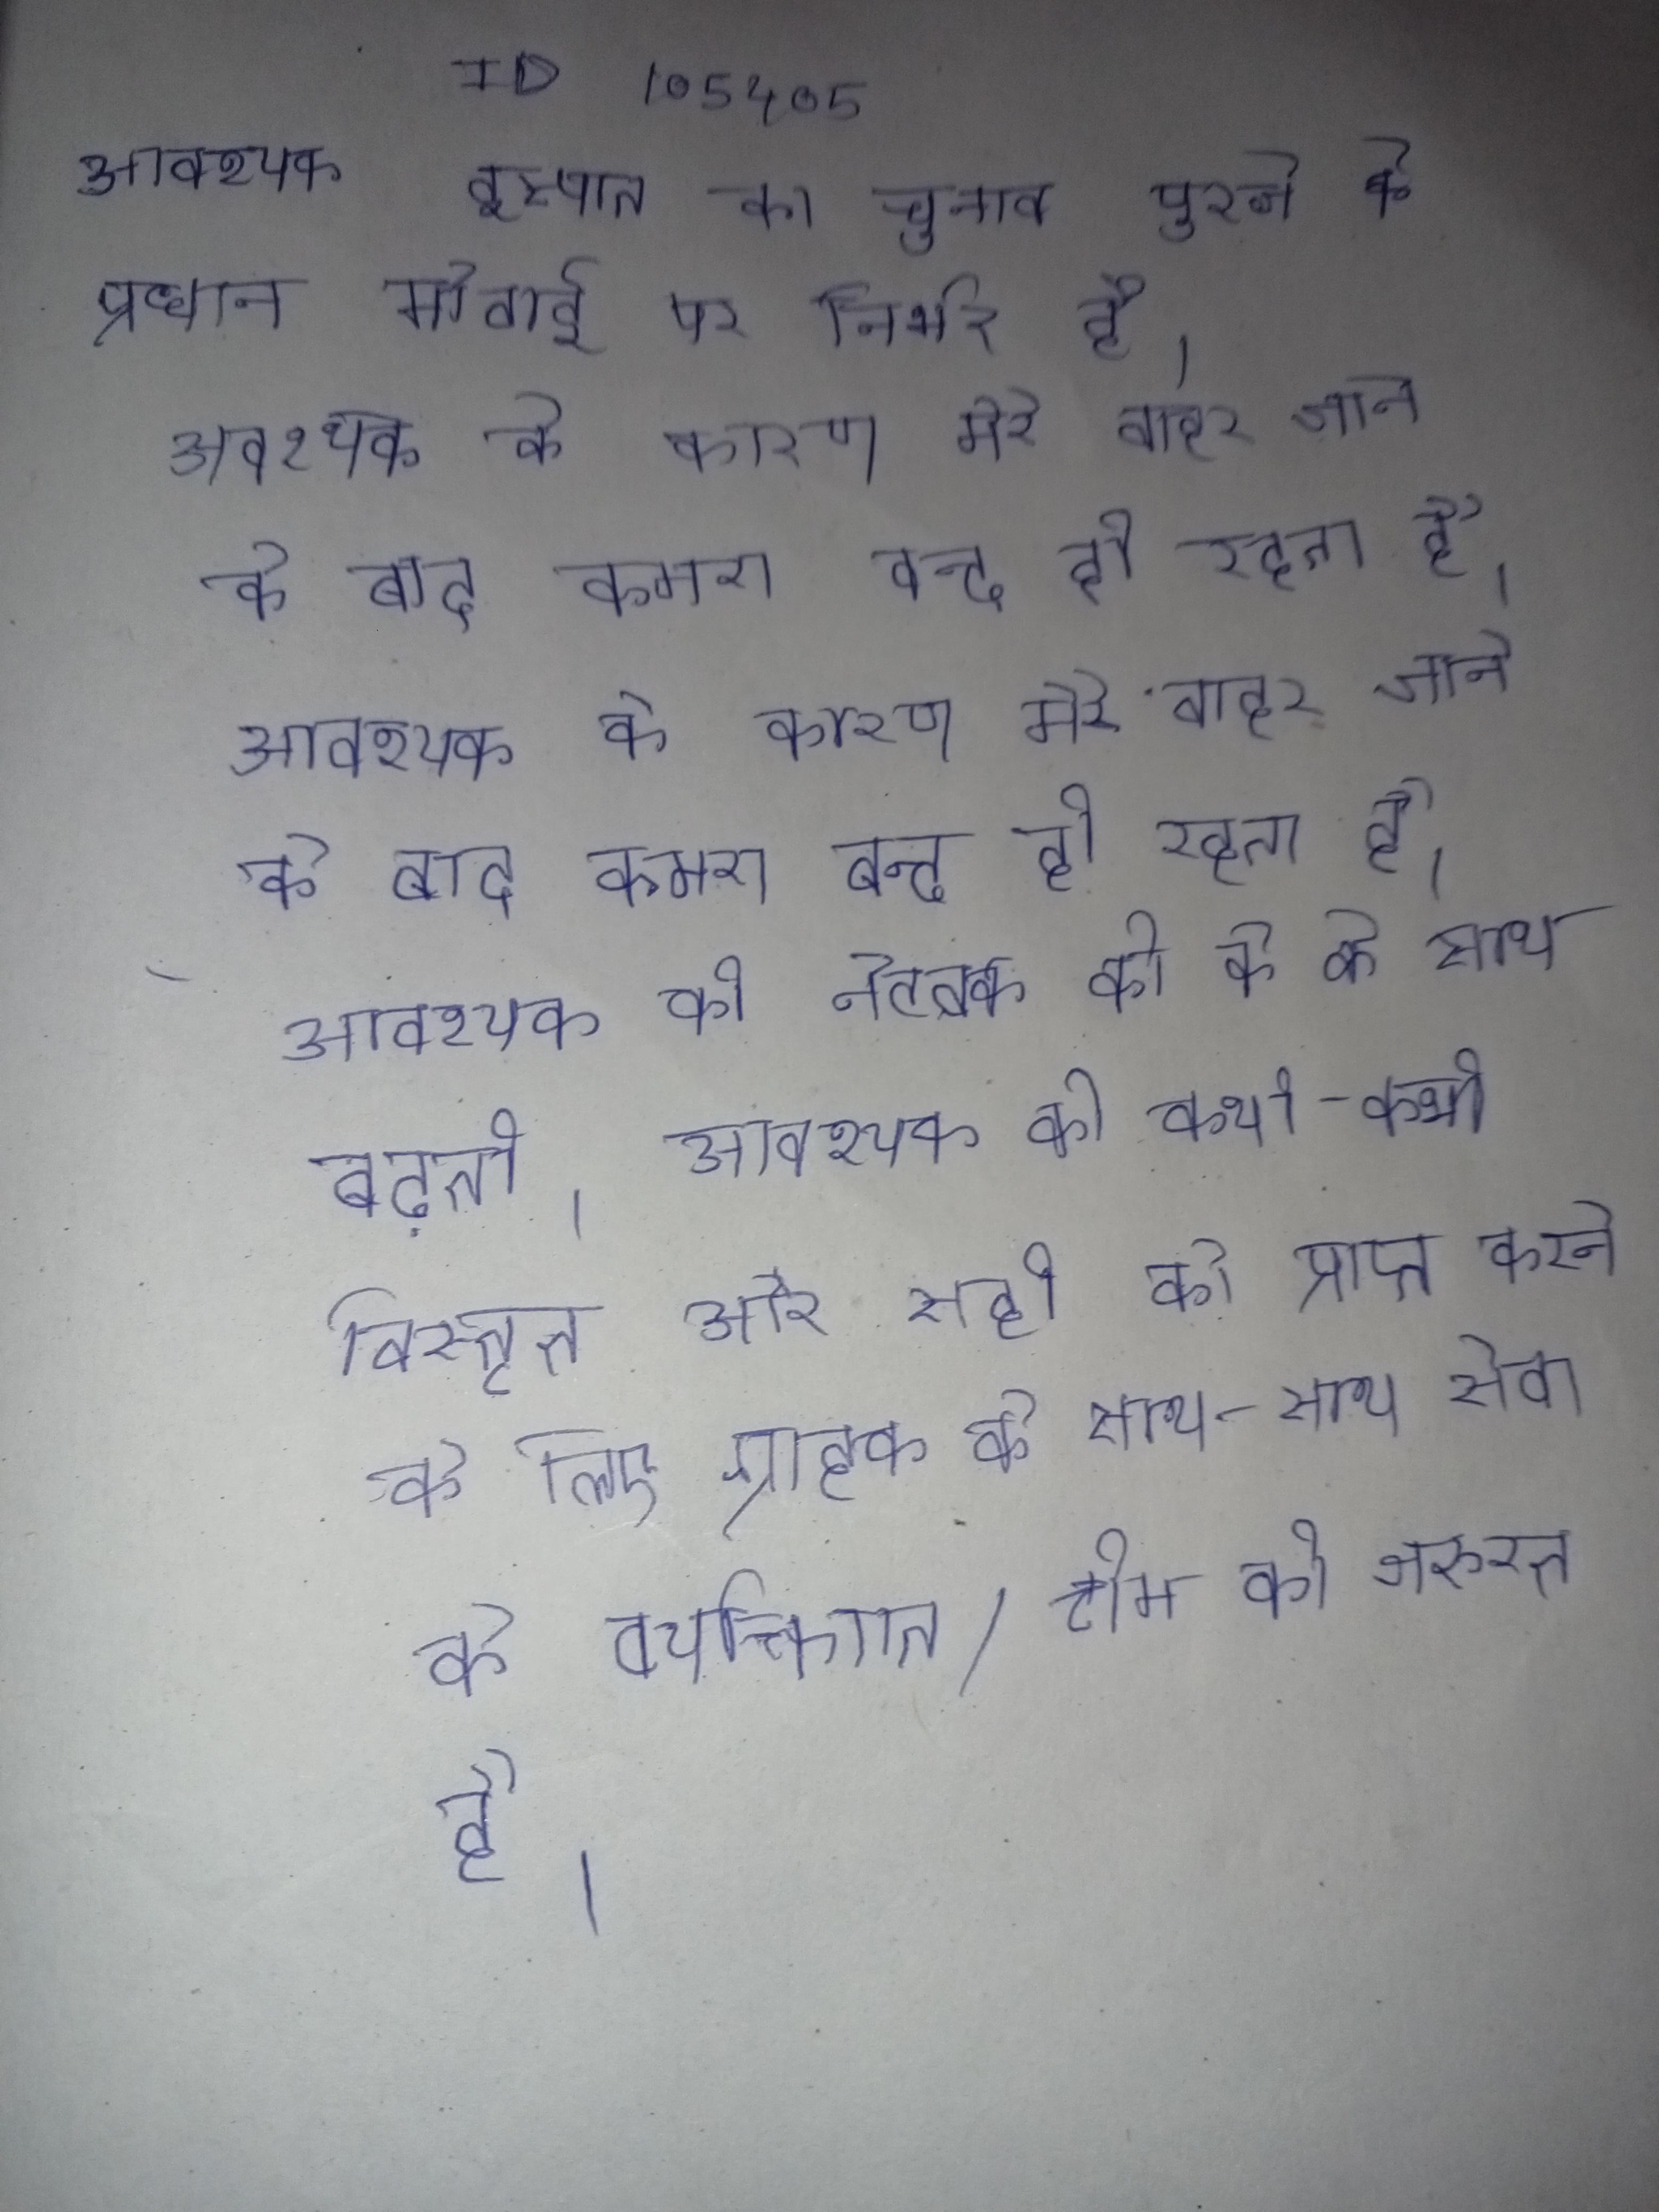
आवश्यक इस्पात का चुनाव पुरजे की प्रधान मोटाई पर निर्भर है । आवश्यक के कारण मेरे बाहर जाने के बाद कमरा बन्द ही रहता है । आवश्यक की नेटवर्क की के के साथ बढती । आवश्यक को कभी-कभी विस्तृत और सही को प्राप्त करने के लिए ग्राहक के साथ-साथ सेवा के व्यक्तिगत/टीम की जरुरत है ।